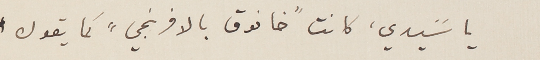
يا سًيدي، كانت "خانوق بالافرنجي" كما يقول